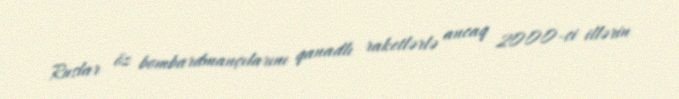
Ruslar öz bombardmançılarını qanadlı raketlərlə ancaq 2000-ci illərin